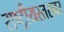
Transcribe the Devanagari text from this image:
राष्ट्रीयस्तरावर